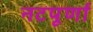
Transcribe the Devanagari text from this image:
नटपूर्णा